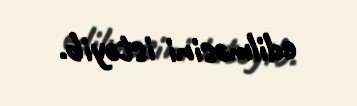
edilməsini istəyib.